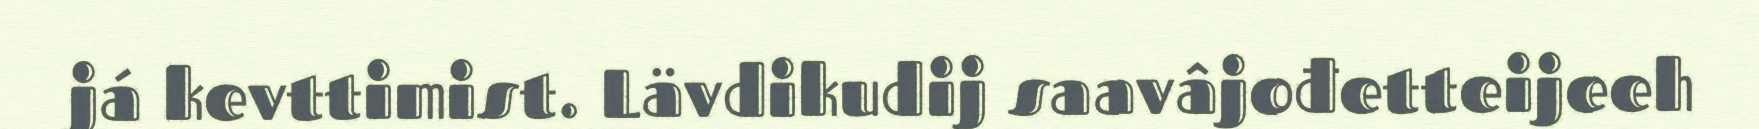
já kevttimist. Lävdikudij saavâjođetteijeeh